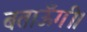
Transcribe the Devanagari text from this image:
बताऊँगी।